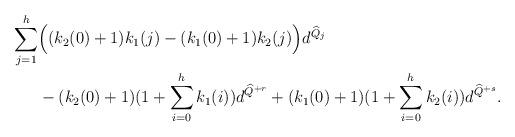
LaTeX: \begin{align*}\sum_{j=1}^h &\Big((k_2(0)+1)k_1(j)-(k_1(0)+1)k_2(j)\Big)d^{\widehat{Q}_j}\\&-(k_2(0)+1)(1+\sum_{i=0}^hk_1(i))d^{\widehat{Q}^{+r}}+(k_1(0)+1)(1+\sum_{i=0}^hk_2(i))d^{\widehat{Q}^{+s}}.\end{align*}